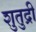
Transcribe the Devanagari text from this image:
शुतुद्री